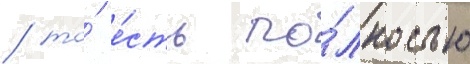
/ то́ е́сть по́лностью